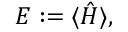
E : = \langle \hat { H } \rangle ,